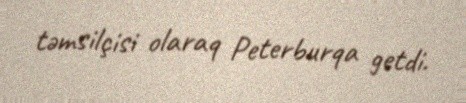
təmsilçisi olaraq Peterburqa getdi.